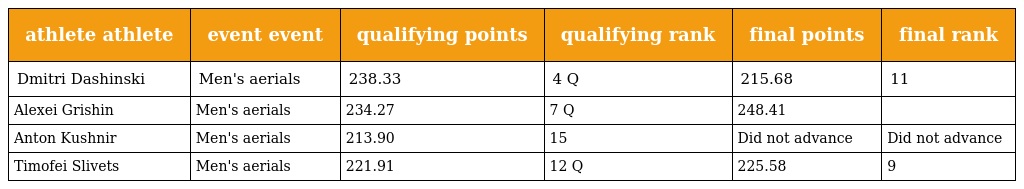
| athlete athlete | event event | qualifying points | qualifying rank | final points | final rank |
 | --- | --- | --- | --- | --- | --- |
 | Dmitri Dashinski | Men's aerials | 238.33 | 4 Q | 215.68 | 11 |
 | Alexei Grishin | Men's aerials | 234.27 | 7 Q | 248.41 |  |
 | Anton Kushnir | Men's aerials | 213.90 | 15 | Did not advance | Did not advance |
 | Timofei Slivets | Men's aerials | 221.91 | 12 Q | 225.58 | 9 |